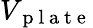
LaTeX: V_{\mathrm{~p~l~a~t~e~}}